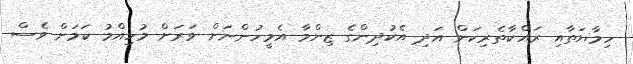
ހިމާޔަތާއި ރައްކާތެރިކަން އަދި އެކުދިންގެ ޒިންމާ އެމީހުންނަށް ވަރަށް މުހިއްމު ކަމަށް ވެސް